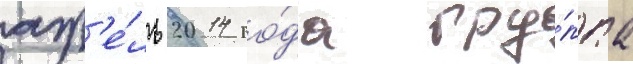
апр'е́ль 2014 го́да гру́ппа